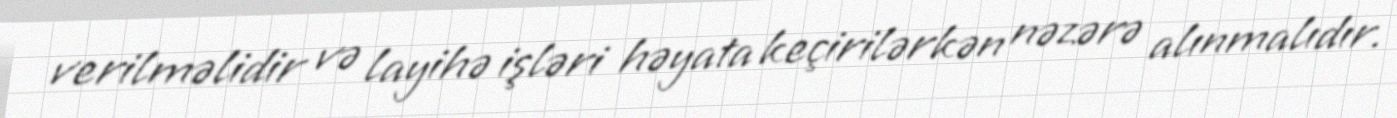
verilməlidir və layihə işləri həyata keçirilərkən nəzərə alınmalıdır.